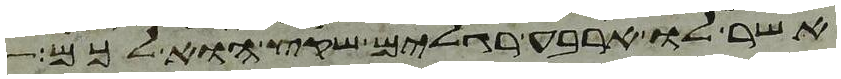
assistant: אשר לו ארבע רגלים שקץ הוא לכם